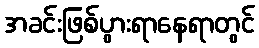
အခင်းဖြစ်ပွားရာနေရာတွင်